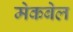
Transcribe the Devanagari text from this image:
मेकबेल